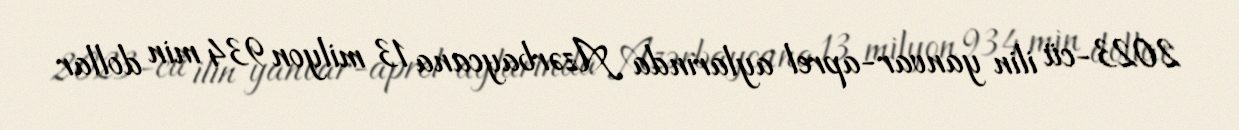
2023-cü ilin yanvar-aprel aylarında Azərbaycana 13 milyon 934 min dollar